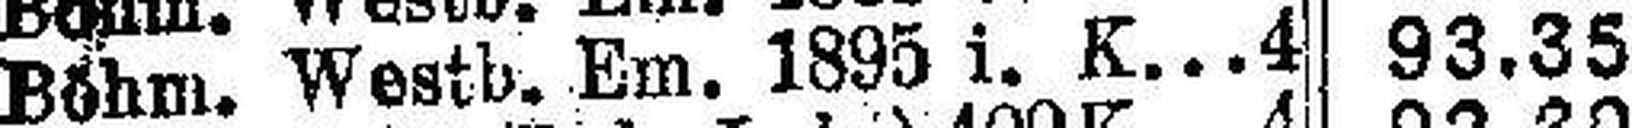
Böhm. Westb. Em. 1895 i. K.4